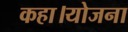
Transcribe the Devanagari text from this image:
कहा।योजना